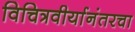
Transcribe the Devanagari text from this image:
विचित्रवीर्यानंतरचा